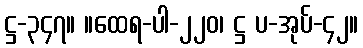
ဋ္ဌ-၃၄၇။ ။ထေရ-ပါ-၂၂၀၊ ဋ္ဌ ပ-အုပ်-၄၂။